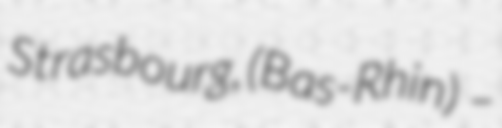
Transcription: Strasbourg, (Bas-Rhin)  –